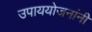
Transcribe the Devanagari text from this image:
उपाययोजनांनी